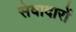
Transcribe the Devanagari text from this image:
सेवादारों